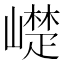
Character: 𮱰